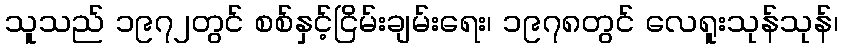
သူသည် ၁၉၇၂တွင် စစ်နှင့်ငြိမ်းချမ်းရေး၊ ၁၉၇၈တွင် လေရူးသုန်သုန်၊